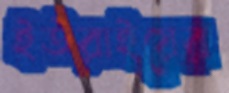
ইউরাইয়ের